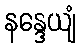
နန္ဒေယျံ